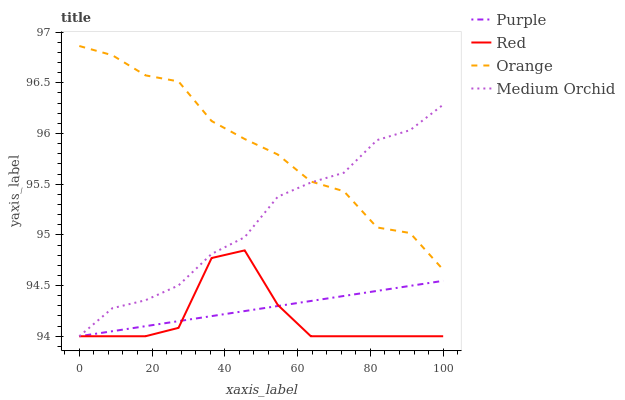
| xaxis_label | Purple | Red | Orange | Medium Orchid |
 | --- | --- | --- | --- | --- |
 | 0 | 94 | 94 | 96.9 | 94 |
 | 9.09 | 94 | 94 | 96.8 | 94.3 |
 | 18.2 | 94.1 | 94 | 96.6 | 94.4 |
 | 27.3 | 94.1 | 94.1 | 96.5 | 94.5 |
 | 36.4 | 94.2 | 94.8 | 96.1 | 94.8 |
 | 45.5 | 94.2 | 94.8 | 95.9 | 95 |
 | 54.5 | 94.3 | 94.3 | 95.8 | 95.4 |
 | 63.6 | 94.3 | 94 | 95.5 | 95.5 |
 | 72.7 | 94.4 | 94 | 95.4 | 95.6 |
 | 81.8 | 94.4 | 94 | 95.1 | 95.9 |
 | 90.9 | 94.5 | 94 | 95 | 96 |
 | 100 | 94.5 | 94 | 94.7 | 96.3 |